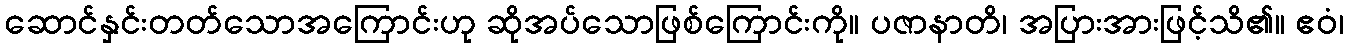
ဆောင်နှင်းတတ်သောအကြောင်းဟု ဆိုအပ်သောဖြစ်ကြောင်းကို။ ပဇာနာတိ၊ အပြားအားဖြင့်သိ၏။ ဧဝံ၊